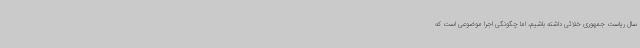
سال ریاست جمهوری خلائی داشته باشیم، اما چگونگی اجرا موضوعی است که